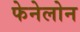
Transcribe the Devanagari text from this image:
फेनेलोन